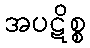
အပဋိစ္စ